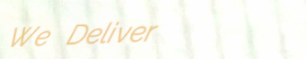
We Deliver